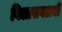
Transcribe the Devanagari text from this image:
विलासगडाची